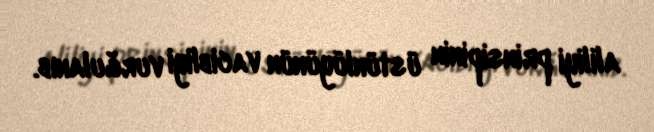
aliliyi prinsipinin üstünlüyünün vacibliyi vurğulanıb.